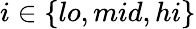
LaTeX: i\in\{ lo,mid,hi\}